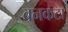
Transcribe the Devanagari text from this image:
बनकटा